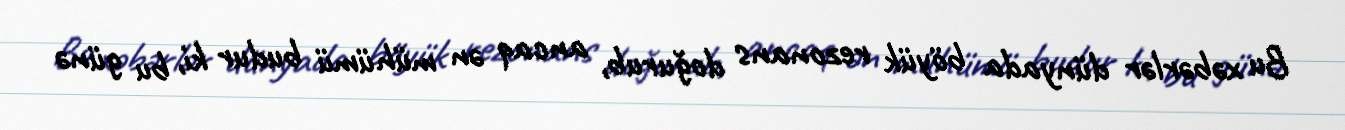
Bu xəbərlər dünyada böyük rezonans doğurub, ancaq ən mühümü budur ki, bu günə